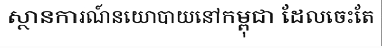
ស្ថានការណ៍នយោបាយនៅកម្ពុជា ដែលចេះតែ